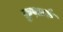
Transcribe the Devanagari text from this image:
फ़ुथ़ार्क